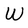
Character: W